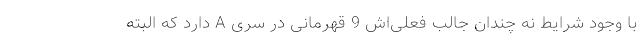
با وجود شرایط نه چندان جالب فعلی‌اش 9 قهرمانی در سری A دارد که البته